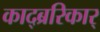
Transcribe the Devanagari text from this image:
काद्ब्ररिकार्